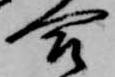
合